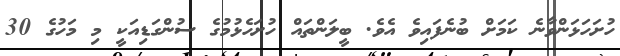
ހުށަހަޅަންވާނެ ކަމަށް ބުނެފައިވެ އެވެ. ބީލަންތައް ހުށަހެޅުމުގެ ސުންގަޑިއަކީ މި މަހުގެ 30